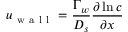
u _ { \mathrm { ~ w ~ a ~ l ~ l ~ } } = \frac { \Gamma _ { w } } { D _ { s } } \frac { \partial \ln c } { \partial x }